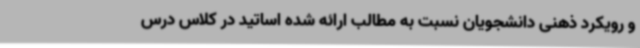
و رویکرد ذهنی دانشجویان نسبت به مطالب ارائه شده اساتید در کلاس درس